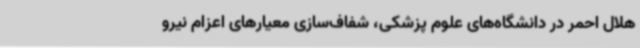
هلال احمر در دانشگاه‌های علوم پزشکی، شفاف‌سازی معیارهای اعزام نیرو